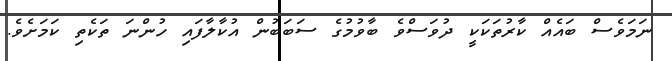
ނަމަވެސް ބައެއް ކާރުތަކަކީ ދުވަސްވެ ބާވުމުގެ ސަބަބުން އުކާލާފައި ހުންނަ ތަކެތި ކަމަށެވެ.